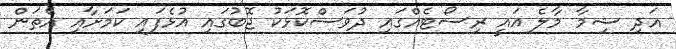
އަދި ޝިމާ މާލެ އައީ ރިސޯޓެއްގައި ދުވަސްކޮޅަކު ޖޮބުގައި އުޅެފައި ކަމަށާއި އެތަން